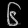
Digit: ၆